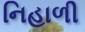
નિહાળી